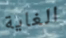
الغاية